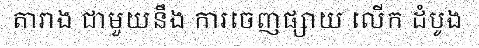
តារាង ជាមួយនឹង ការចេញផ្សាយ លើក ដំបូង